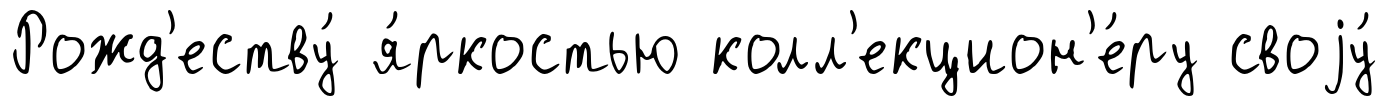
Рожд'еству́ я́ркостью колл'екцион'е́ру своjу́